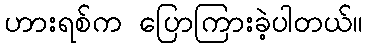
ဟားရစ်က ပြောကြားခဲ့ပါတယ်။